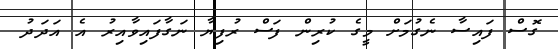
ގޮސް ފައިސާ ނެގުމަށް މީގެ ކުރިން ފަސް ރުފިޔާ ނަގާފައިވާއިރު އެ އަދަދު